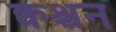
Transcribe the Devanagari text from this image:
क्वश्चन